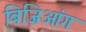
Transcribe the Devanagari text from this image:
बिजिआंग